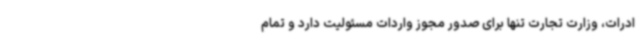
ادرات، وزارت تجارت تنها برای صدور مجوز واردات مسئولیت دارد و تمام